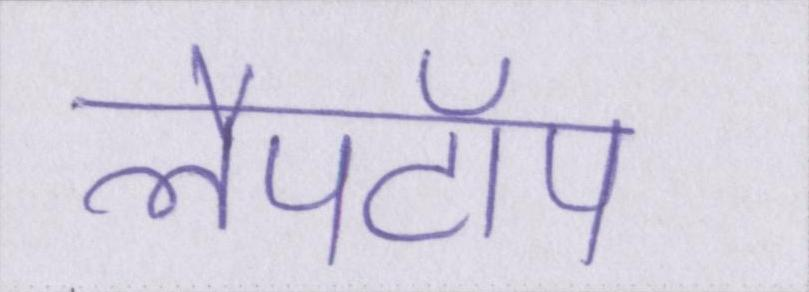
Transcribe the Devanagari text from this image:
लैपटॉप